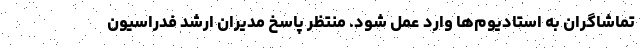
تماشاگران به استادیوم‌ها وارد عمل شود. منتظر پاسخ مدیران ارشد فدراسیون